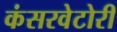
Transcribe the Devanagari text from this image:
कंसरवेटोरी